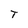
Character: T